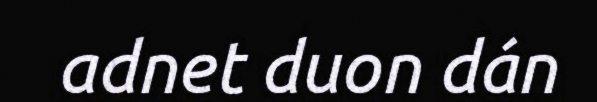
adnet duon dán